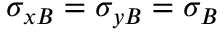
\sigma _ { x B } = \sigma _ { y B } = \sigma _ { B }